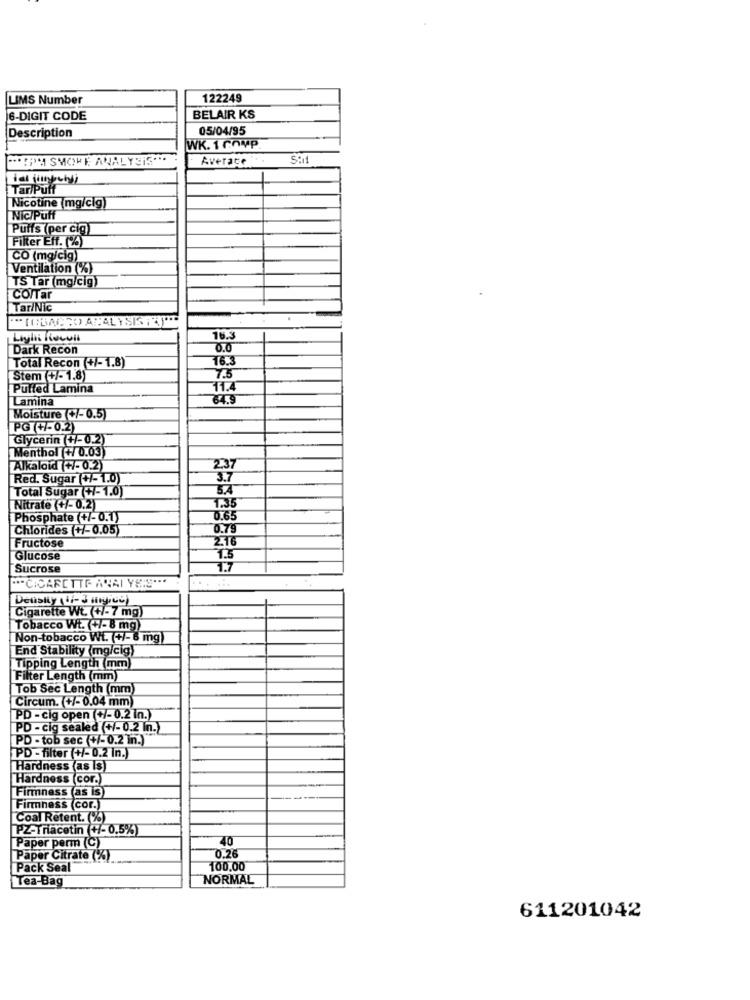
LIMS Number
122249
6-DIGIT CODE
BELAIR KS
05/04/95
Description
WK. 1 Chup
"*"A SMOKE ANALYSIS ***
Average
Tar/Puff
Nicotine (mg/clg)
Nic/Puff
Puffs (per cig)
Filter Eff. (%)
CO (mg/cig)
Ventilation (%)
TS Tar (mg/cig)
CO/Tar
Tar/Nic
16.3
Dark Recon
0.0
16.3
Total Recon (+/-1.8)
Stem (+/-1.8)
7.5
Puffed Lamina
11.
Lamina
84.9
Moisture +/-0.5)
PG (+/-0.2)
Glycerin (+/-0.2)
Menthol (+ 0.03)
Alkaloid (+/-0.2)
2,37
Red. Sugar (+/-1.0)
3.7
Total Sugar (+/-1.0)
Nitrate (+/-0.2)
1.35
Phosphate (+/-0.1)
0.65
Chlorides (+/-0.05)
0.79
Fructose
2.16
Glucose
1.5
Sucrose
1.7
" .. CIGARETTE AVAI YE:S ***
Density (!)- 3 "gicc)
Cigarette Wt. (+/- 7 mg)
Tobacco Wt. (+/-8 mg)
Non-tobacco Wt. (+/-6 mg
End Stability (mg/cig)
Tipping Length (mm
Filter Length (mm)
Tob Sec Length (mm)
Circum. +/- 0.04 mm)
PD - cig open (+/- 0.2 in.)
PD - cig sealed (+/-0.2 In.)
PD - tob sec (+/-0.2 in.)
PD - filter (+/-0.2 In.)
Hardness (as Is)
Hardness (cor.)
Firmness (as is)
----
Firmness (cor.)
Coal Retent. (%)
PZ-Triacetin (+/- 0,5%)
40
Paper perm (C)
Paper Citrate (%)
0.2
[Pack Seal"
100.00
Tea-Bag
NORMAL
611201042